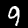
Label: 9